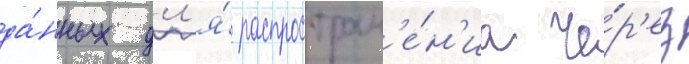
да́нных дл'я́ распростран'е́н'иа че́р'ез